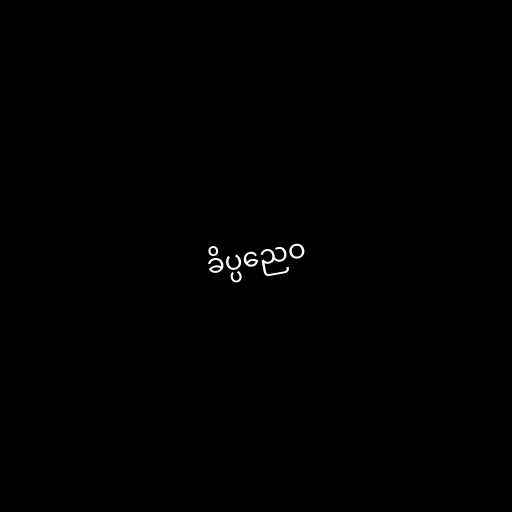
ခိပ္ပညေဝ